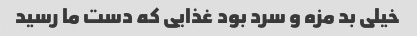
خیلی بد مزه و سرد بود غذایی که دست ما رسید